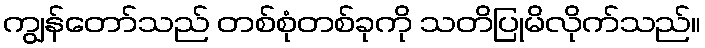
ကျွန်တော်သည် တစ်စုံတစ်ခုကို သတိပြုမိလိုက်သည်။